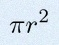
\pi r^2